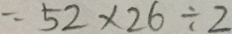
= 5 2 \times 2 6 \div 2